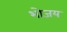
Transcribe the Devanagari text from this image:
भोजय